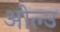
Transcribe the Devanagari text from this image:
ओल्‍उ